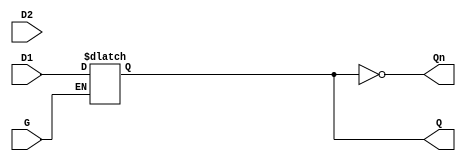
module dual_input_gated_latch (
    input wire D1,      // First data input
    input wire D2,      // Second data input
    input wire G,       // Gate control input
    output reg Q,       // Latch output
    output wire Qn      // Inverted output
);

// Inverted output
assign Qn = ~Q;

// Latch behavior
always @(*) begin
    if (G) begin
        // When G is high, select which data input to latch
        // Here, we can use a simple selection logic for demonstration
        // You can modify this selection logic as needed
        // For example, you could use another control signal to select between D1 and D2
        // Here, we'll just assume D1 is selected when G is high
        Q = D1; // or Q = D2; based on your selection logic
    end
    // When G is low, hold the last state of Q
end

endmodule